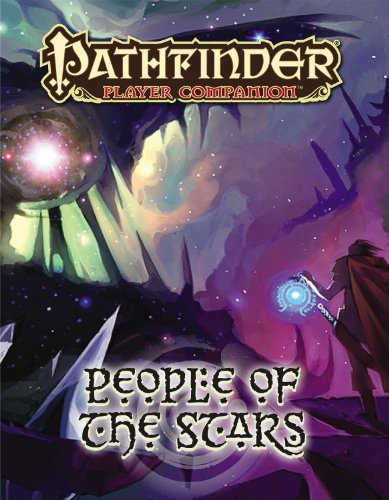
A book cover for Pathfinder Player Companion: People of the Stars; Andrew Romine; Science Fiction & Fantasy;